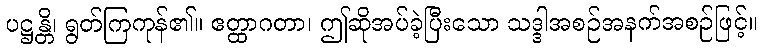
ပဋ္ဌန္တိ၊ ရွတ်ကြကုန်၏။ ဧတ္ထာဂတာ၊ ဤဆိုအပ်ခဲ့ပြီးသော သဒ္ဒါအစဉ်အနက်အစဉ်ဖြင့်။